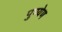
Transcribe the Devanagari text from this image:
पुण्येण